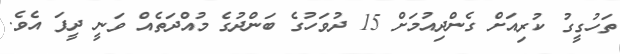
ތަހުގީގު ކުރިއަށް ގެންދިއުމަށް 15 ދުވަހުގެ ބަންދުގެ މުއްދަތެއް ވަނީ ދީފަ އެވެ.